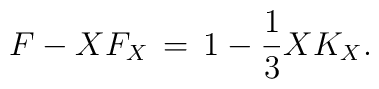
F - X F_X \,=\,1 - \frac{1}{3} X K_X.